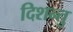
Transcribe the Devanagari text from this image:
दिशन्तु